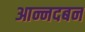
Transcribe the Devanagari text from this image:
आन्नदबन